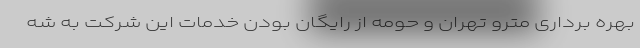
بهره برداری مترو تهران و حومه از رایگان بودن خدمات این شرکت به شه